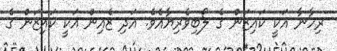
ރިހާނާ އަކީ ކައިޒަން ގެ ލޯބިވެރިޔާއެވެ. އަދި ޒެއިން އަކީ ކައިޒަން ގެ